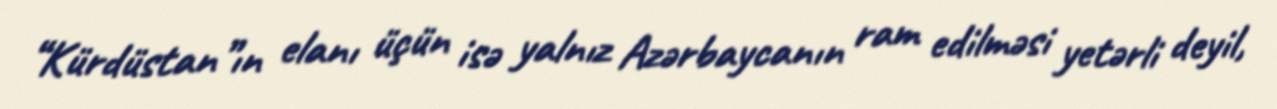
“Kürdüstan”ın elanı üçün isə yalnız Azərbaycanın ram edilməsi yetərli deyil,